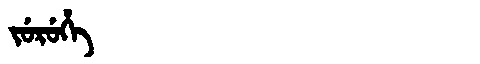
Manchu: ᠵᡠᡵᡠᡥᡝ
Romanization: JURUHE